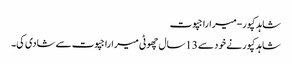
شاہد کپور-میراراجپوت
شاہدکپورنے خود سے 13سال چھوٹی میراراجپوت سے شادی کی۔